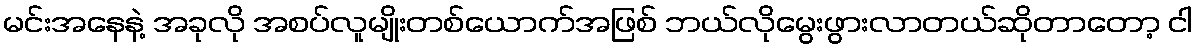
မင်းအနေနဲ့ အခုလို အစပ်လူမျိုးတစ်ယောက်အဖြစ် ဘယ်လိုမွေးဖွားလာတယ်ဆိုတာတော့ ငါ